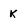
Character: k